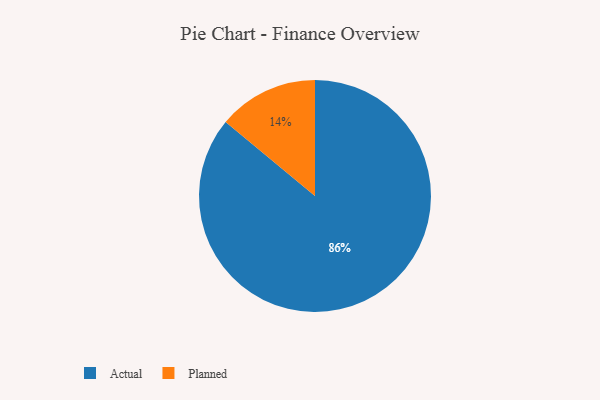
{"axis": {"x": "Category", "y": "Percentage"}, "legend": ["Actual", "Planned"], "data": [{"x": "Actual", "y": 86, "type": "Actual"}, {"x": "Planned", "y": 14, "type": "Planned"}]}